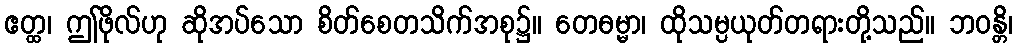
ဧတ္ထ၊ ဤဖိုလ်ဟု ဆိုအပ်သော စိတ်စေတသိက်အစု၌။ တေဓမ္မာ၊ ထိုသမ္ပယုတ်တရားတို့သည်။ ဘဝန္တိ၊